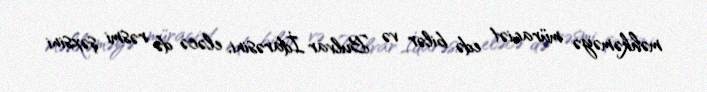
məhkəməyə müraciət edə bilər və Bulvar İdarəsini, eləcə də rəsmi şəxsini